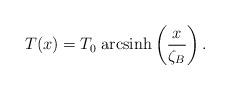
LaTeX: \begin{align*}T(x)=T_{0}\;{\rm arcsinh}\left(\frac{x}{\zeta_B}\right).\end{align*}